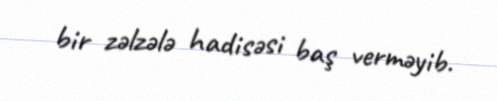
bir zəlzələ hadisəsi baş verməyib.